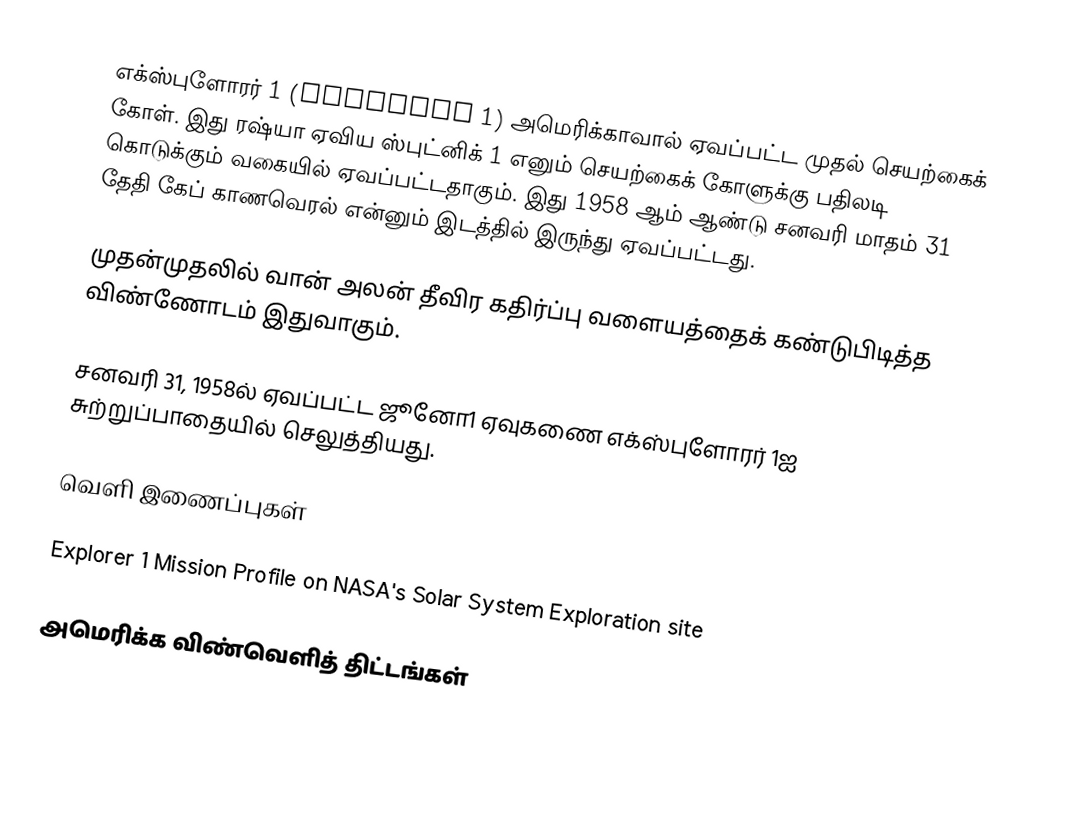
எக்ஸ்புளோரர் 1 (Explorer 1) அமெரிக்காவால் ஏவப்பட்ட முதல் செயற்கைக் கோள். இது ரஷ்யா ஏவிய ஸ்புட்னிக் 1 எனும் செயற்கைக் கோளுக்கு பதிலடி கொடுக்கும் வகையில் ஏவப்பட்டதாகும். இது 1958 ஆம் ஆண்டு சனவரி மாதம் 31 தேதி கேப் காணவெரல் என்னும் இடத்தில் இருந்து ஏவப்பட்டது.

முதன்முதலில் வான் அலன் தீவிர கதிர்ப்பு வளையத்தைக் கண்டுபிடித்த விண்ணோடம் இதுவாகும்.

சனவரி 31, 1958ல் ஏவப்பட்ட ஜூனோ1 ஏவுகணை எக்ஸ்புளோரர் 1ஐ சுற்றுப்பாதையில் செலுத்தியது.

வெளி இணைப்புகள்

 Explorer 1 Mission Profile on NASA's Solar System Exploration site

அமெரிக்க விண்வெளித் திட்டங்கள்